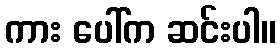
ကား ပေါ်က ဆင်းပါ။